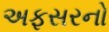
અફસરનો